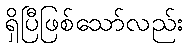
ရှိပြီဖြစ်သော်လည်း